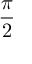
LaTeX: \frac { \pi } { 2 }